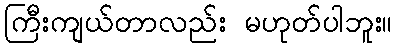
ကြီးကျယ်တာလည်း မဟုတ်ပါဘူး။